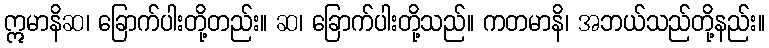
ဣမာနိဆ၊ ခြောက်ပါးတို့တည်း။ ဆ၊ ခြောက်ပါးတို့သည်။ ကတမာနိ၊ အဘယ်သည်တို့နည်း။